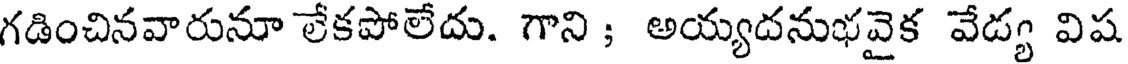
గడించినవారునూ లేకపోలేదు. గాని ; అయ్యదనుభవైక వేడ్య విష